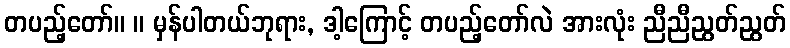
တပည့်တော်။ ။ မှန်ပါတယ်ဘုရား, ဒါ့ကြောင့် တပည့်တော်လဲ အားလုံး ညီညီညွတ်ညွတ်